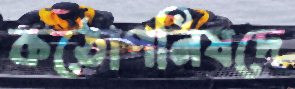
কঠোপনিষদে